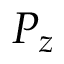
P _ { z }